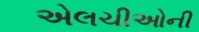
એલચીઓની